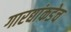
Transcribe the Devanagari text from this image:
गारद्यांकडेच